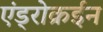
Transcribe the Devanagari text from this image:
एंड्रोक्रईन